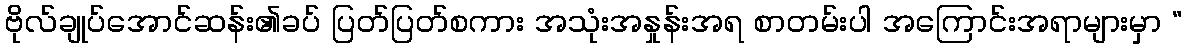
ဗိုလ်ချုပ်အောင်ဆန်း၏ခပ် ပြတ်ပြတ်စကား အသုံးအနှုန်းအရ စာတမ်းပါ အကြောင်းအရာများမှာ “